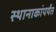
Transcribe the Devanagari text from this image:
स्थानाकांपर्यंत